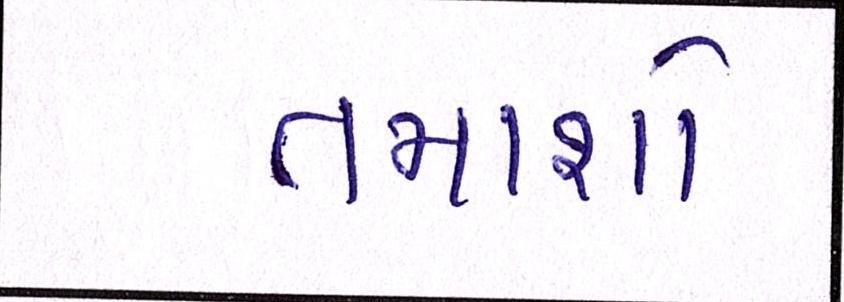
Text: તમાશો